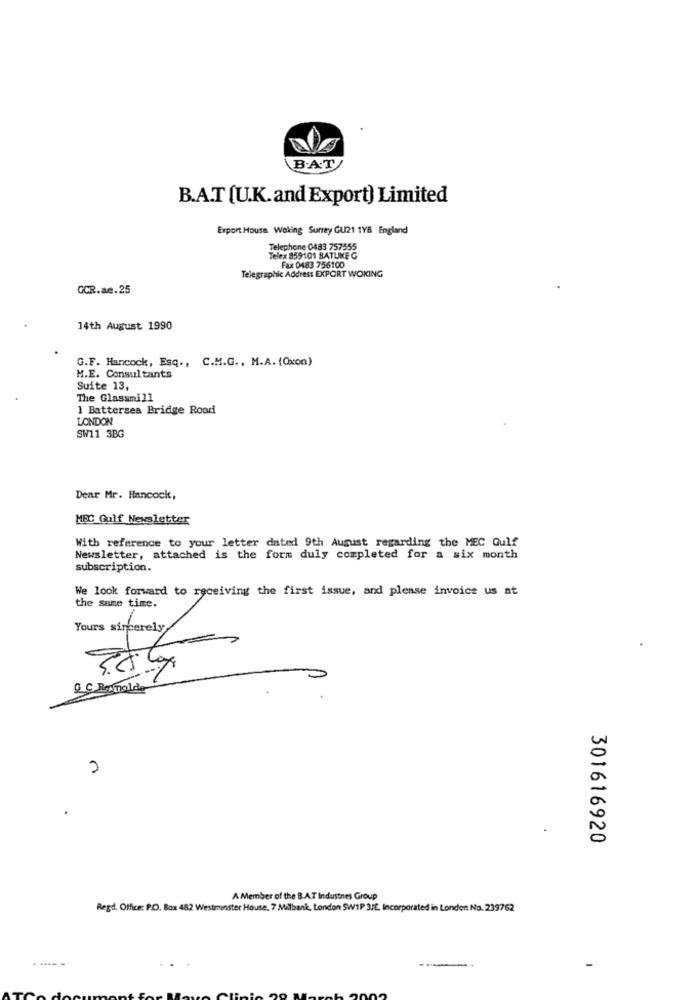
B.AT
B.A.T (U.K.and Export) Limited
Export House. Woking Surrey GU21 TYB England
Telephone 0483 757555
Telex 859101 BATLIKE G
Fax 0483 756100
Telegraphic Address EXPORT WOKING
GCR.ae.25
14th August 1990
G.F. Hancock, Esq ., C.M.G ., M.A. (Oxon)
M.E. Consultants
Suite 13,
The Glassmill
1 Battersea Bridge Road
LONDON
SW11 3BG
Dear Mr. Hancock,
MEC Gulf Newsletter
With reference to your letter dated 9th August regarding the MEC Gulf
Newsletter, attached is the form duly completed for a six month
subscription.
We look forward to receiving the first issue, and please invoice us at
the same time.
& C Remnolde
301616920
A Member of the B.A.T Industnes Group
Regd. Office: P.O. Box 482 Westminster House, 7 Milbank, London SW1P 3/E. Incorporated in Londen No. 239762
-----